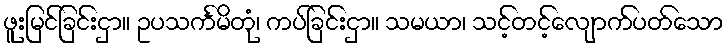
ဖူးမြင်ခြင်းငှာ။ ဥပသင်္ကမိတုံ၊ ကပ်ခြင်းငှာ။ သမယာ၊ သင့်တင့်လျောက်ပတ်သော